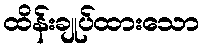
ထိန်းချုပ်ထားသော